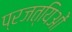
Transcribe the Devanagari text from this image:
प्रजत्यिओं